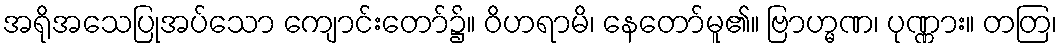
အရိုအသေပြုအပ်သော ကျောင်းတော်၌။ ဝိဟရာမိ၊ နေတော်မူ၏။ ဗြာဟ္မဏ၊ ပုဏ္ဏား။ တတြ၊